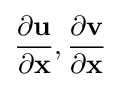
{\frac {\partial \mathbf {u} }{\partial \mathbf {x} }},{\frac {\partial \mathbf {v} }{\partial \mathbf {x} }}